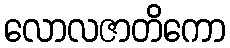
လောလဇာတိကော